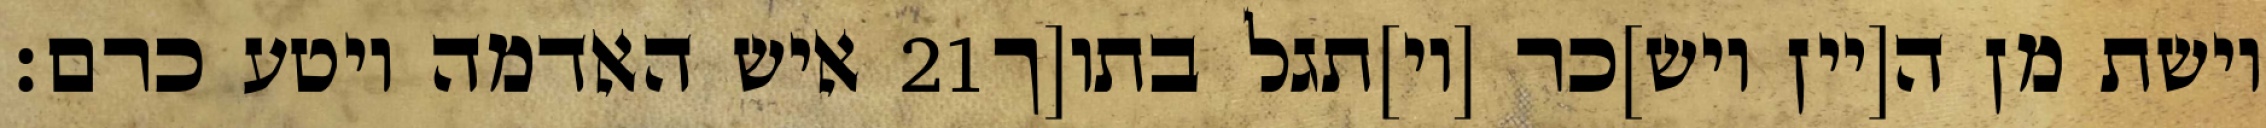
איש האדמה ויטע כרם׃ ‎21‏ וישת מן ה[יין ויש]כר [וי]תגל בתו[ך